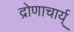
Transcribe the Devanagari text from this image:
द्रोणाचार्य्